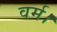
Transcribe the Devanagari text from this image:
वर्म।